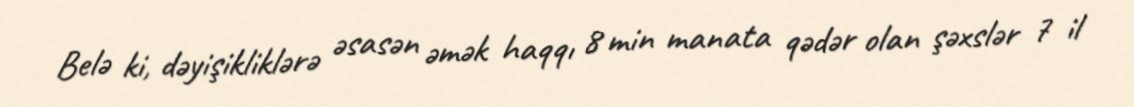
Belə ki, dəyişikliklərə əsasən əmək haqqı 8 min manata qədər olan şəxslər 7 il